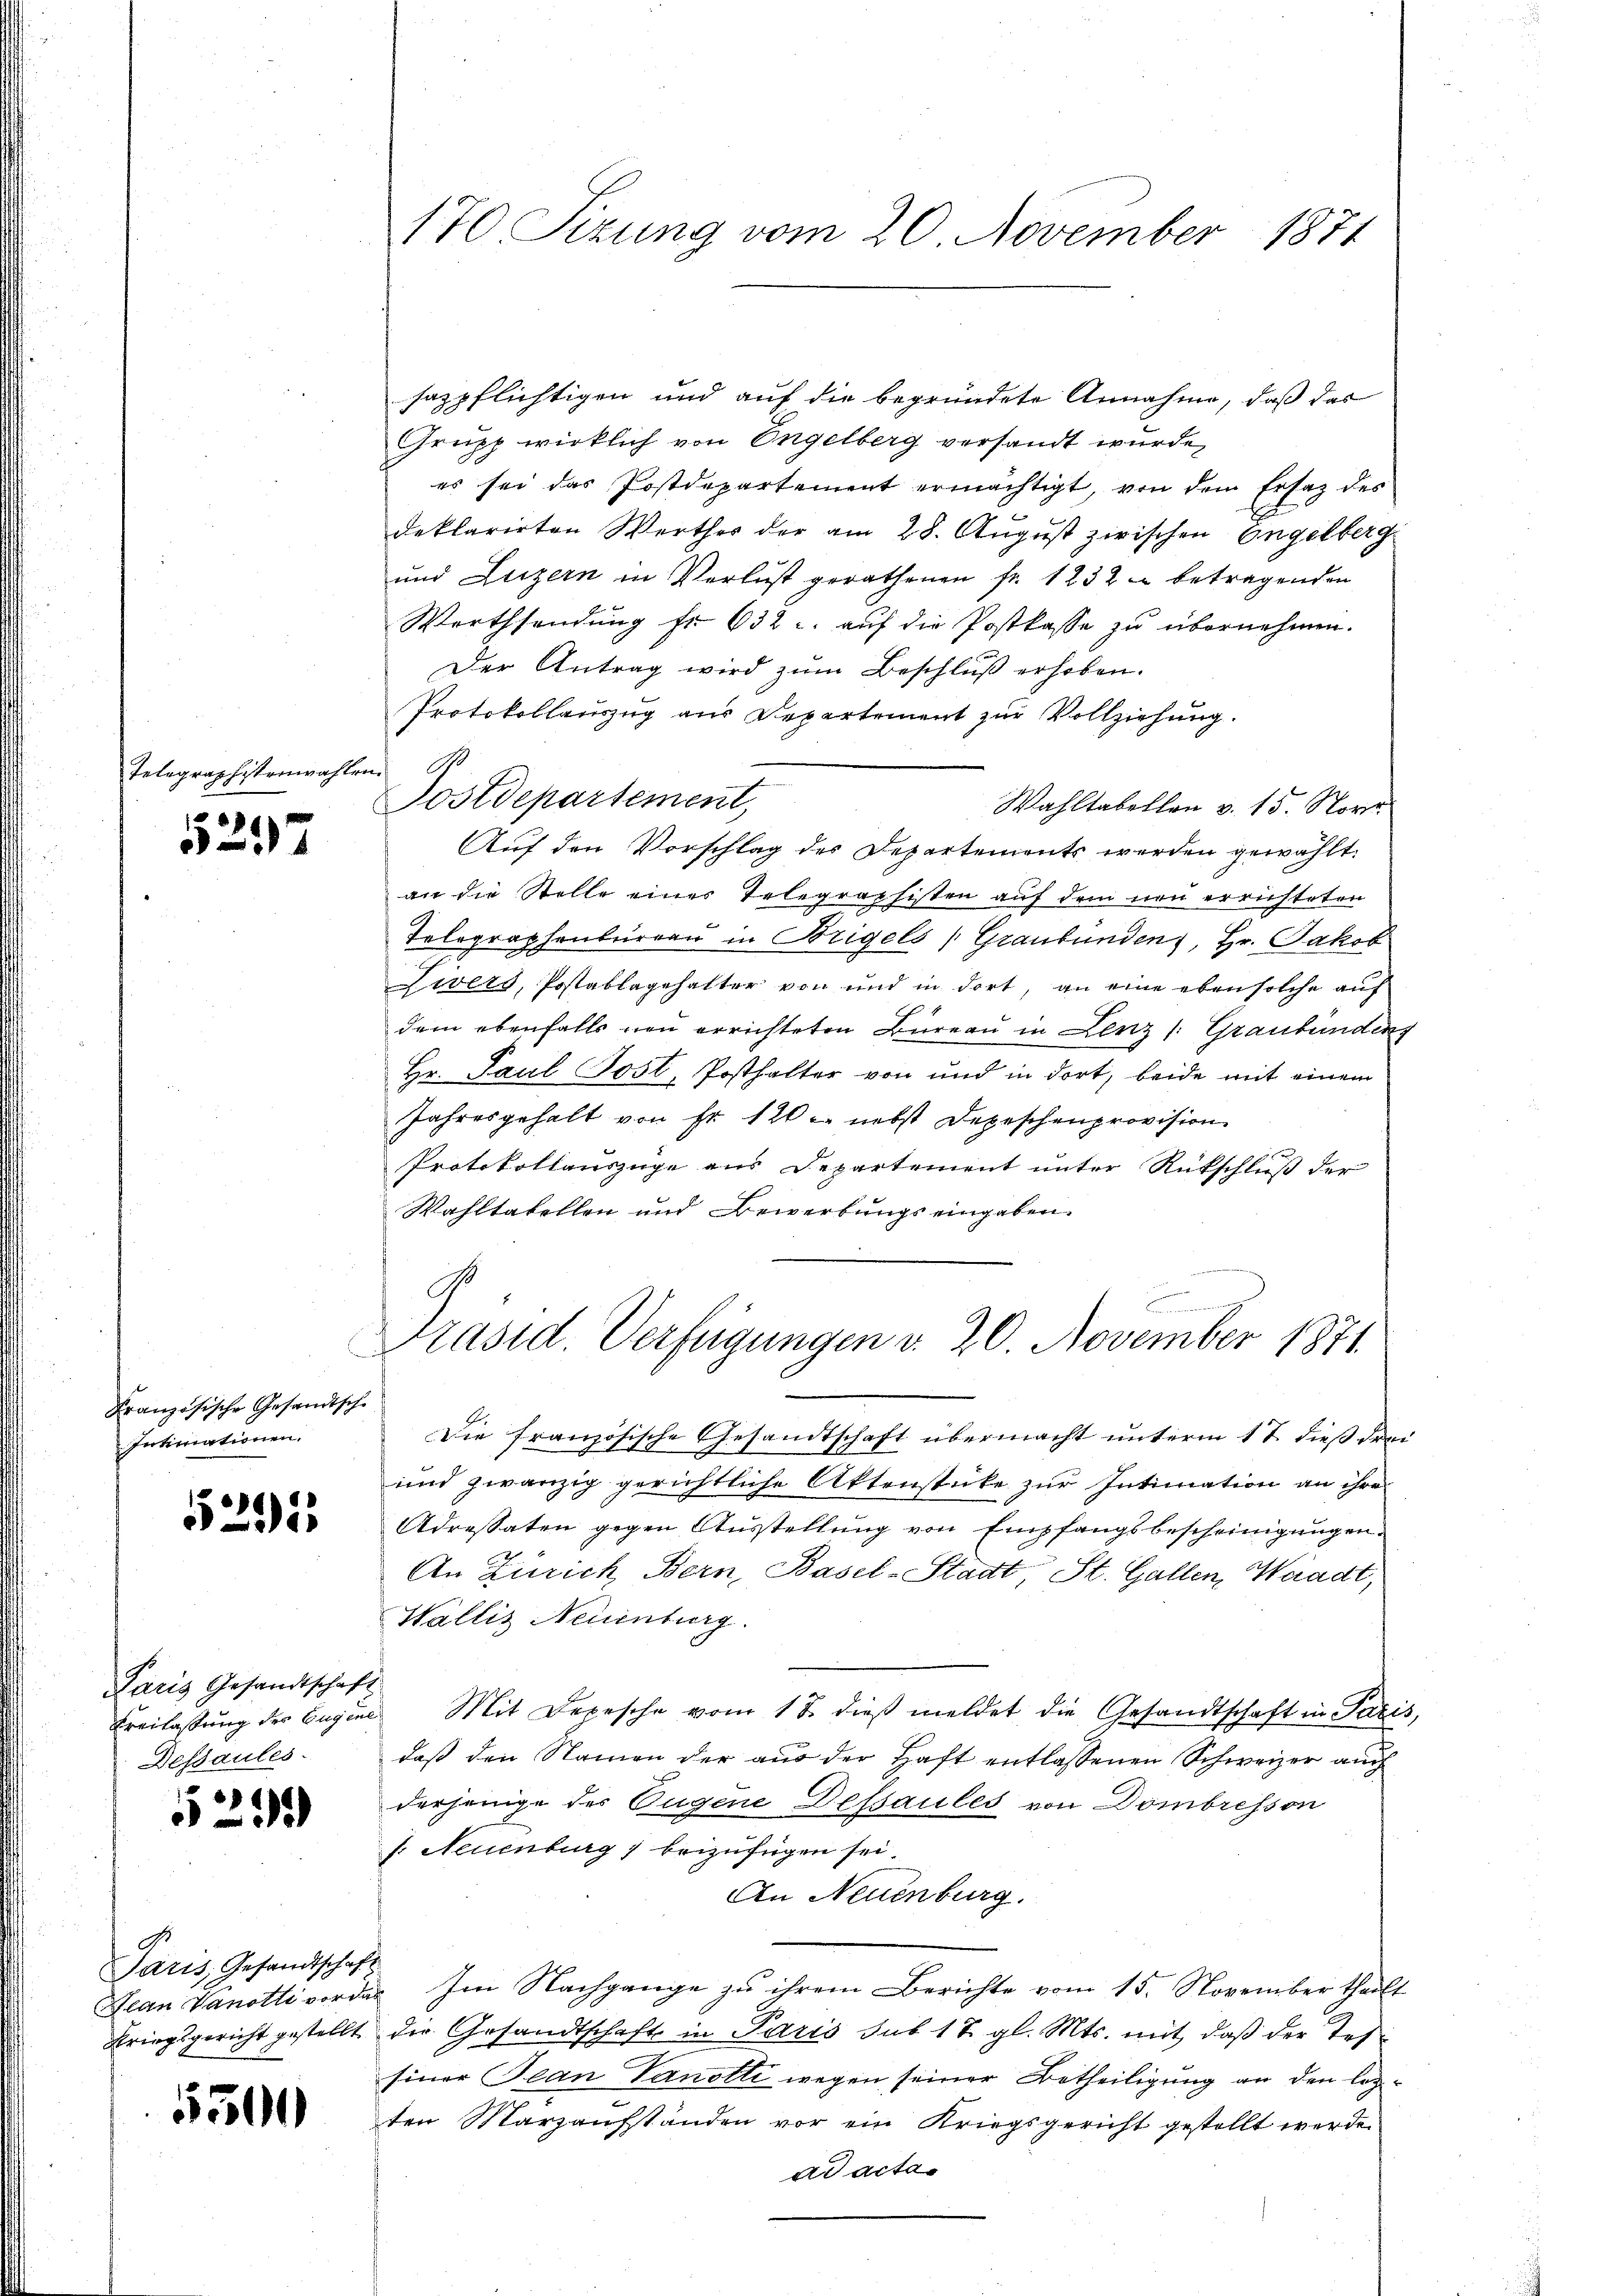
Telegraphistenwahlen

¬
7

Französische Gesandtsch
Intimationen.

25

i

Paris Gesandtschaft
Freilassung des Eugene
Dessaules.

5299

Paris, Gesandtschaf
Jean Vanotte vor da
Kriegsgericht gestellt

5500

170 Sizung vom 20. November 1871

sazpflichtigen und auf die begründete Annahme, daß das
Grupp wirklich von Engelberg versandt wurde,
es sei das Postdepartement ermächtigt, von dem Ersatz des
deklarirten Werthes der am 28. August zirischen Engelberg
und Luzern in Verlust gerathenen fr. 1232 - betragenden
Werthsendung fr. 632. auf die Postkasse zu übernehmen.
Der Antrag wird zum Beschluß erhoben.
Protokollauszug aus Departement zur Vollziehung.
Postdepartement,
Wahltabellen v. 15. Nove
Auf den Vorschlag des Departements werden gewählt.
an die Stelle eines Telegraphisten auf dem neu errichteten
Telegraphenbureau in Bregels (Graubünden, Hr. Jakob
Vivers, Postablagehalter von und in dort, an eine eben solche auf
dem ebenfalls neu errichteten Büreau in Lenz /: Graubünden
Hr. Paul Jost, Posthalter von und in dort, beide mit einem
Jahresgehalt von Fr. 120. nebst Depeschenprovision.
Protokollauszüge aus Departement unter Rütschluß der
Wahltatellen und Bewerbungs eingaben.
Präsid. Verfügungen v. 20. November 1871
e
Die französische Gesandtschaft übermacht unterm 17. dieß drei
und zwanzig gerichtliche Aktenstüke zur Intimation an ihre
Adressaten gegen Ausstellung von Empfangsbescheinigungen
An Zürich Bern, Basel-Stadt St. Gallen, Waadt,
Wallis Neuenburg.
Mit Depesche vom 18. dieβ meldet die Gesandtschaft in Paris,
daß den Namen der aus der Haft entlassenen Schweizer auch
derjenige der Eugene Dessaules von Dombresson
s: Neuenburg, beizufügen sei.
An Neuenburg.
Im Nachgange zu ihrem Berichte vom 15. November theilt
die Gesandtschaft in Paris sub 18. gl. Mts. mit, daß der Tes-
Einer Jean Vanotti wegen seiner Betheiligung an den letzten Marzaufständen vor ein Kriegsgericht gestellt werde.
ad actas